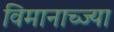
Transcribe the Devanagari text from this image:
विमानाच्ज्या